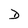
Character: D